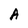
Character: A